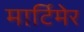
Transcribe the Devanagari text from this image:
मार्टिमेर